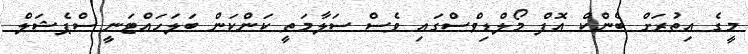
މީގެ އިތުރަށް ބެންކް އޮފް މޯލްޑިވްސްގައި ވެސް ސަލާމަތީ ކަންކަން ބަލަހައްޓަނީ ސްޕެޝަލް